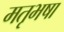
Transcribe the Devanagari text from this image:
मतृभषा